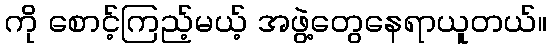
ကို စောင့်ကြည့်မယ့် အဖွဲ့တွေနေရာယူတယ်။